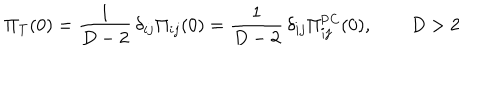
\Pi _ { \mathrm { T } } ( 0 ) = \frac { 1 } { D - 2 } \, \delta _ { i j } \Pi _ { i j } ( 0 ) = \frac { 1 } { D - 2 } \, \delta _ { i j } \Pi _ { i j } ^ { \mathrm { P C } } ( 0 ) , \qquad D > 2